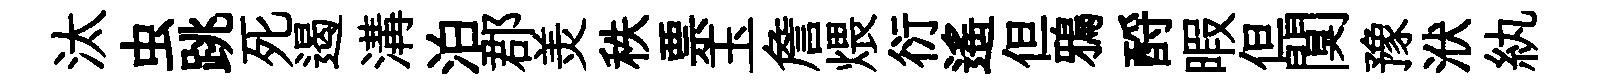
汰虫跳死遏溝泊郡羙秩票玉詹煨衍遥但鴉酹暇但闃豫洑紈